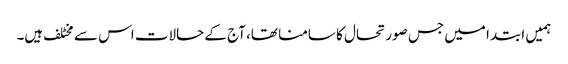
ہمیں ابتدا میں جس صورتحال کا سامنا تھا، آج کے حالات اس سے مخٹلف ہیں۔